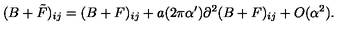
( B + \tilde { F } ) _ { i j } = ( B + F ) _ { i j } + a ( 2 \pi \alpha ^ { \prime } ) \partial ^ { 2 } ( B + F ) _ { i j } + O ( \alpha ^ { 2 } ) .